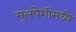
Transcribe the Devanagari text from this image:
मूलपेशींमध्ये